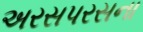
અરસપરસના